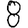
Digit: 8